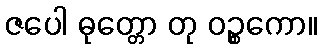
ဇပေါ ဓုတ္တော တု ဝဉ္စကော။